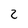
Character: 2